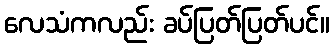
လေသံကလည်း ခပ်ပြတ်ပြတ်ပင်။